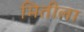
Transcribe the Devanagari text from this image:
मितीला